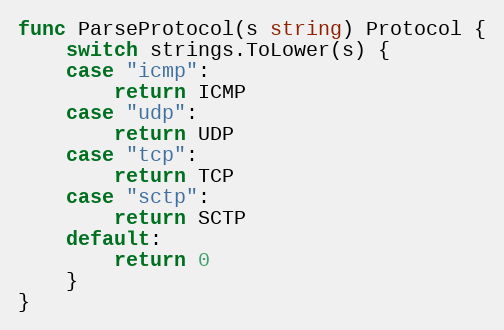
Language: Go
func ParseProtocol(s string) Protocol {
	switch strings.ToLower(s) {
	case "icmp":
		return ICMP
	case "udp":
		return UDP
	case "tcp":
		return TCP
	case "sctp":
		return SCTP
	default:
		return 0
	}
}